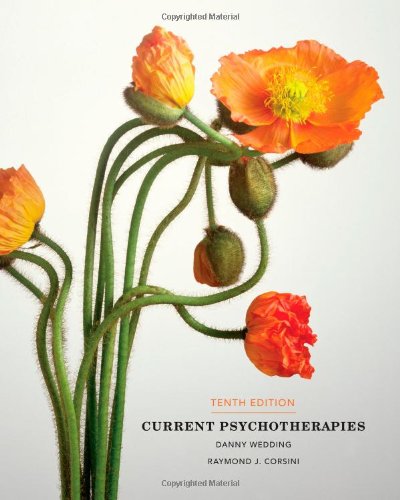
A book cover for Current Psychotherapies; Danny Wedding; Education & Teaching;